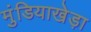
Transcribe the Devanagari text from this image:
मुंडियाखेड़ा